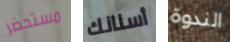
مستحضر أسنانك الندوة